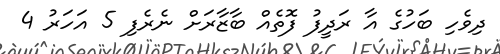
ދިވެހި ބަހުގެ އާ ރަދީފު ފޮތެއް ބާޒާރަށް ނެރެފި 5 އަހަރު 4